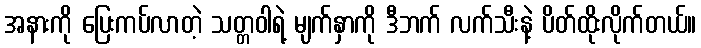
အနားကို ပြေးကပ်လာတဲ့ သတ္တဝါရဲ့ မျက်နှာကို ဒီဘက် လက်သီးနဲ့ ပိတ်ထိုးလိုက်တယ်။